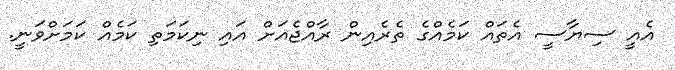
އެއީ ސިޔާސީ އެތައް ކަމެއްގެ ތެރެއިން ރާއްޖެއަށް އައި ނިކަމަތި ކަމެއް ކަމަށްވަނީ.